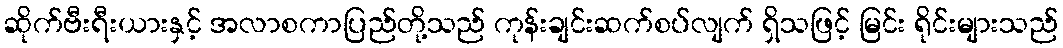
ဆိုက်ဗီးရီးယားနှင့် အလာစကာပြည်တို့သည် ကုန်းချင်းဆက်စပ်လျက် ရှိသဖြင့် မြင်း ရိုင်းများသည်